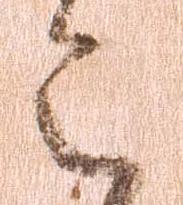
令